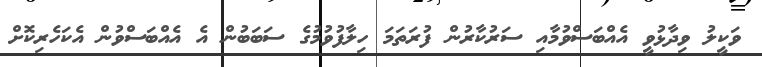
ވަކީލު ވިދާޅުވީ އެއްބަސްވުމާއި ސަރުކާރުން ފުރަތަމަ ހިލާފުވުމުގެ ސަބަބުން އެ އެއްބަސްވުން އެކަހެރިކޮށް